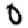
Digit: 0